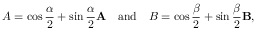
A = \cos { \frac { \alpha } { 2 } } + \sin { \frac { \alpha } { 2 } } \mathbf { A } \quad { \mathrm { a n d } } \quad B = \cos { \frac { \beta } { 2 } } + \sin { \frac { \beta } { 2 } } \mathbf { B } ,